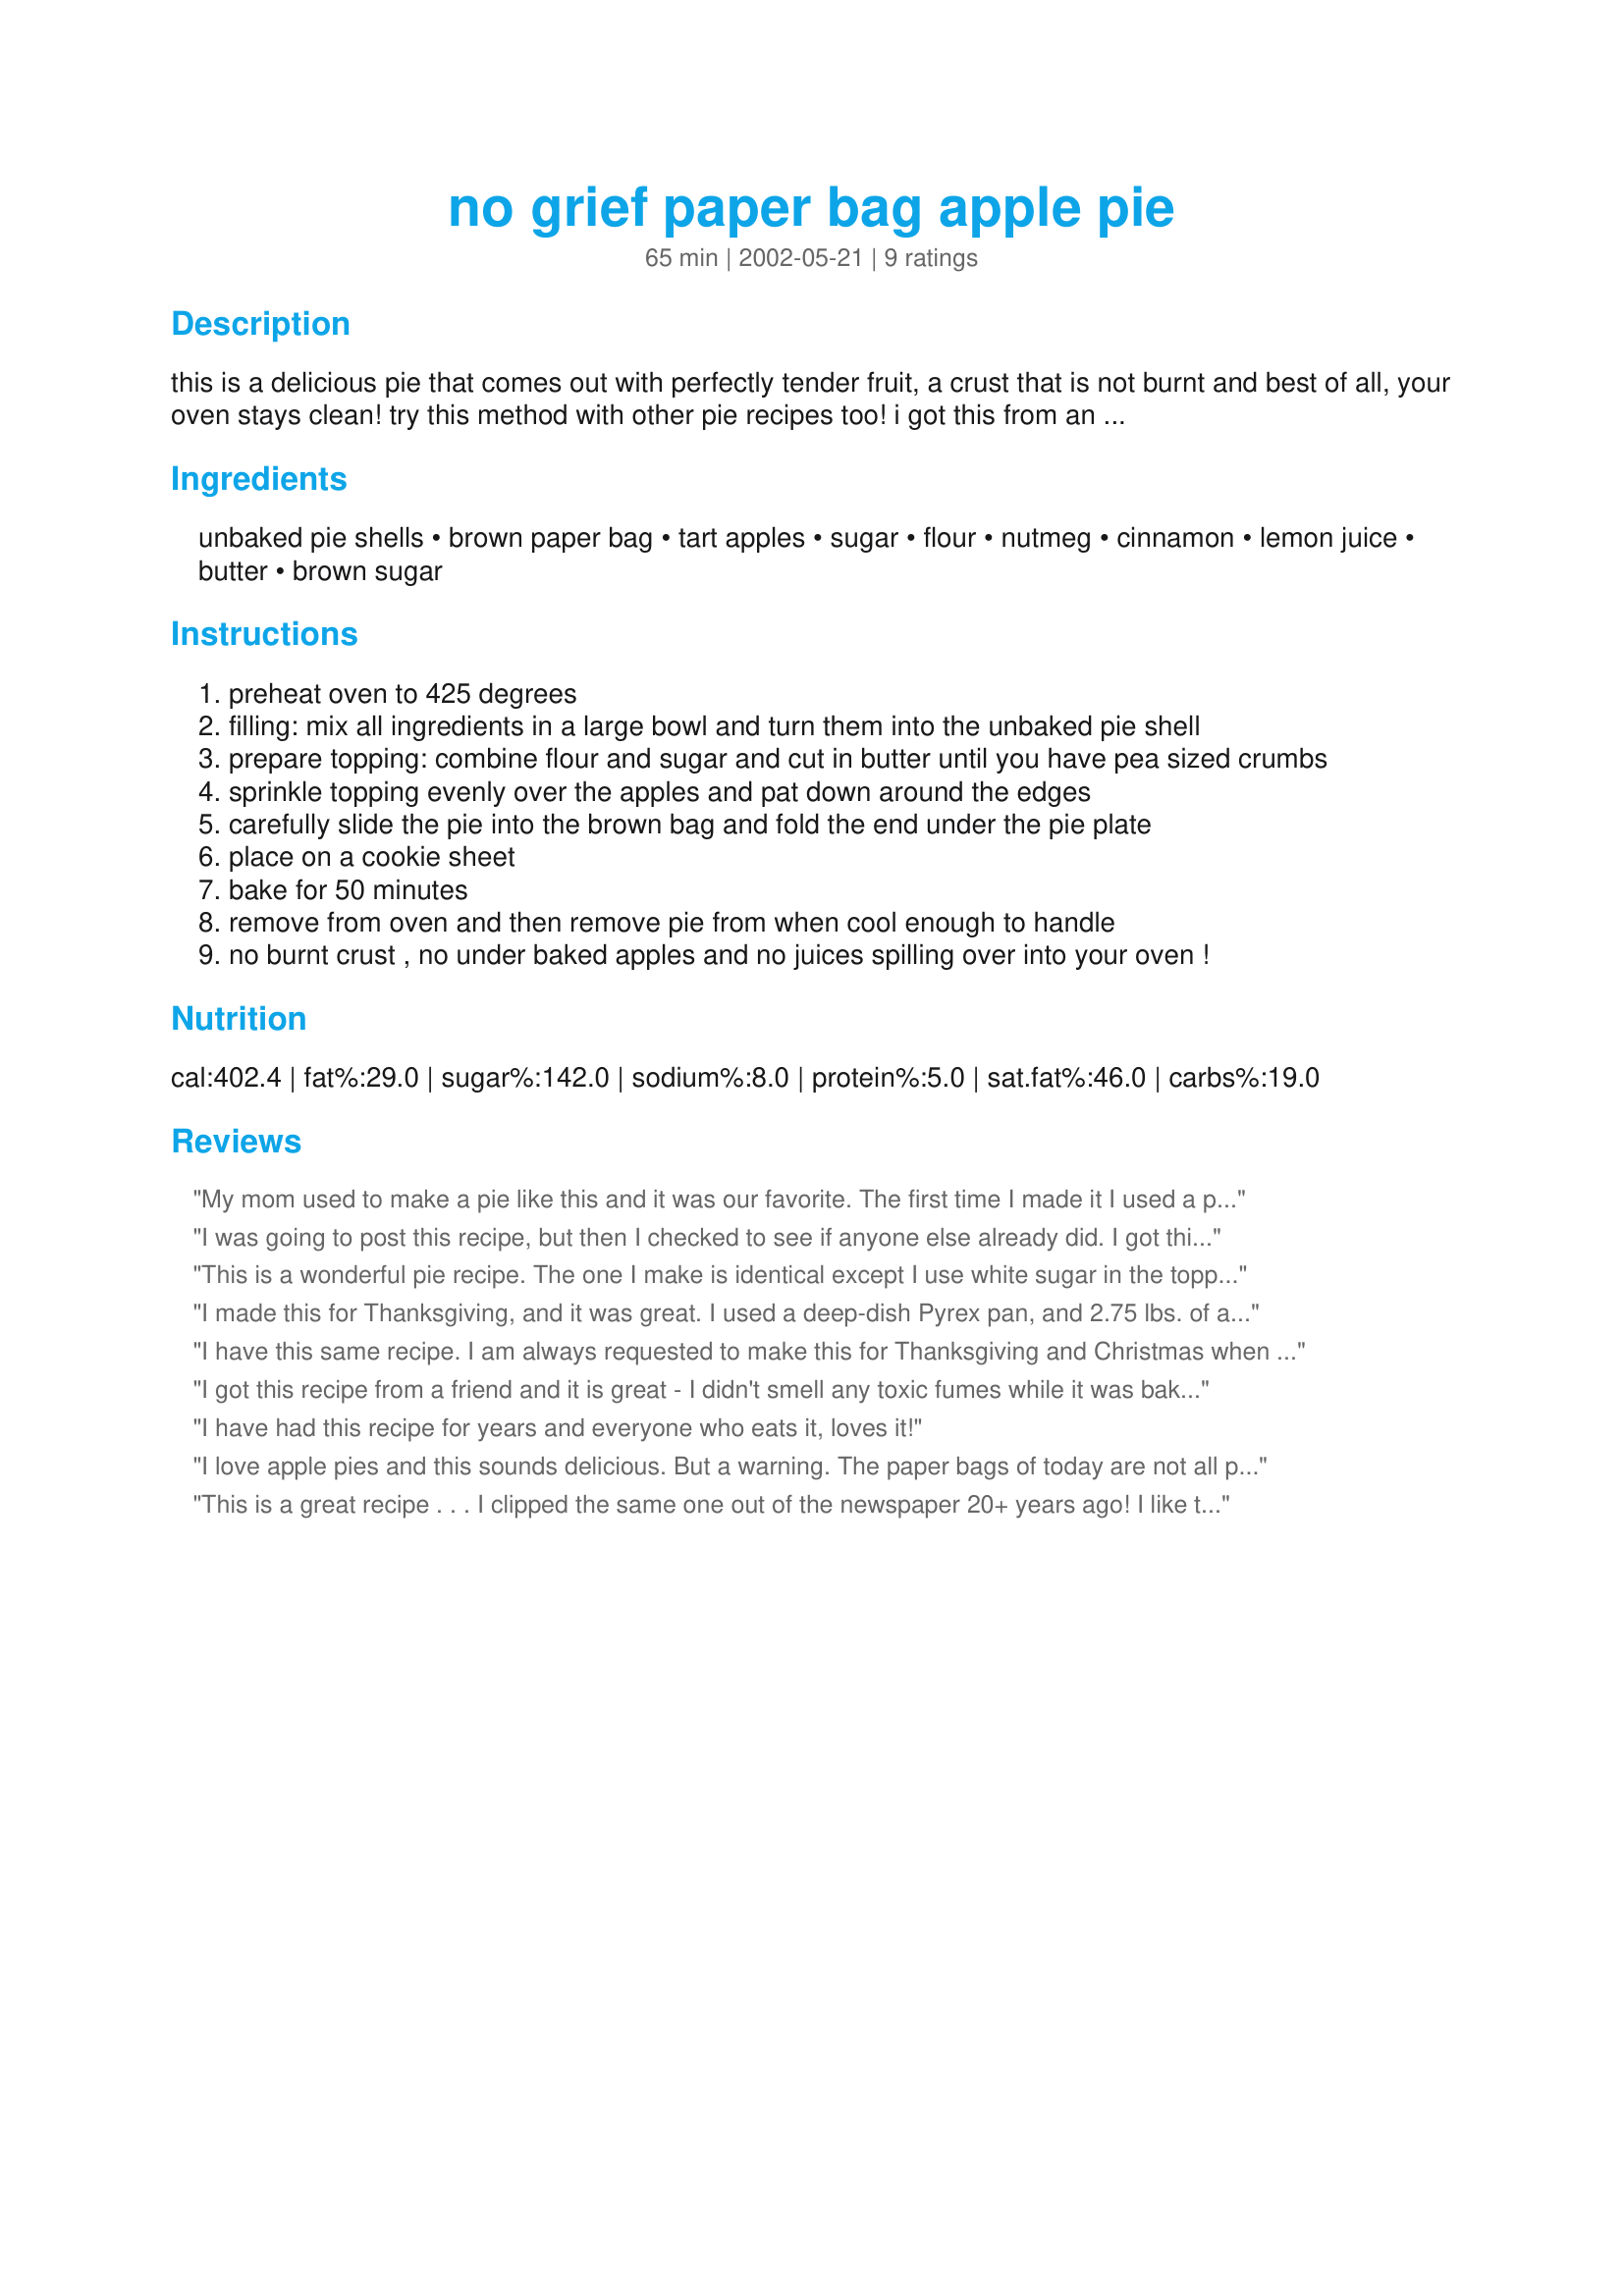
no grief paper bag apple pie
Preparation time: 65 minutes

this is a delicious pie that comes out with perfectly tender fruit, a crust that is not burnt and best of all, your oven stays clean! try this method with other pie recipes too! i got this from an old church cookbook and had no idea there was anything wrong with newer paper bags, as the person thankfully posted in her review of this recipe. i had no idea that there were toxins in paper bags. i do not want to be responsible for anyone getting ill! please only use caution!

Ingredients:
unbaked pie shells, brown paper bag, tart apples, sugar, flour, nutmeg, cinnamon, lemon juice, butter, brown sugar

Steps:
preheat oven to 425 degrees
filling: mix all ingredients in a large bowl and turn them into the unbaked pie shell
prepare topping: combine flour and sugar and cut in butter until you have pea sized crumbs
sprinkle topping evenly over the apples and pat down around the edges
carefully slide the pie into the brown bag and fold the end under the pie plate
place on a cookie sheet
bake for 50 minutes
remove from oven and then remove pie from when cool enough to handle
no burnt crust , no under baked apples and no juices spilling over into your oven !

Reviews:
My mom used to make a pie like this and it was our favorite. The first time I made it I used a paper grocery bag and it tasted great. Crunchy topping and excellent filling. After reading the concerns about recycled paper, I used an oven roasting bag the next time. Although I cut holes to let the steam escape, the topping did not get crunchy so I don't recommend that. I'm going to make it again and on another site, I saw a recommendation to use two large sheets of parchment paper criss-crossing them and then bringing them up over the top of the pie and fastening with either paper clips or staples.
I was going to post this recipe, but then I checked to see if anyone else already did. I got this recipe from my mother. About 10 years ago, the paper did catch fire and I stupidly opened up the oven and turned on my ceiling fan and had little bits of flying fire all over. It's funny now. Since then I use the oven bags and it comes out just as good. According to my family it is the best apple pie there is!
This is a wonderful pie recipe. The one I make is identical except I use white sugar in the topping. I like yours with brown sugar better!

I throw mine together and pop it in an oven cooking bag-no fuss, no muss, no hassle! When things cool down, I just cut the bag away.

Super-safe and simple method.

Thanks for sharing.

Laudee C.
Colorado
I made this for Thanksgiving, and it was great. I used a deep-dish Pyrex pan, and 2.75 lbs. of apples, a combo of Grannysmith and Golden Delicious. I'll definitely make this again. Thanks for the recipe.
I have this same recipe. I am always requested to make this for Thanksgiving and Christmas when the family gets together. It is my nephews favorite pie.
I got this recipe from a friend and it is great - I didn't smell any toxic fumes while it was baking and the pie turned out great. Her family does it this way all the time with no problem so I'm not fearful of making this recipe again! My dh was wary that the bag would catch fire (I had to leave while it was baking.) so I made sure he was aware of the location of the fire extinquisher! :)
I have had this recipe for years and everyone who eats it, loves it!
I love apple pies and this sounds delicious. But a warning. The paper bags of today are not all pure brown paper. Many of them are made from recycled materials that could be harmful. We ussed to cook whole turkeys at Thanksgiving in bags but were told not because of the materials. Just use caution!
This is a great recipe . . . I clipped the same one out of the newspaper 20+ years ago! I like to sprinkle some cinnamon sugar over the top before baking. Definately serve warm with some real vanilla ice cream!
